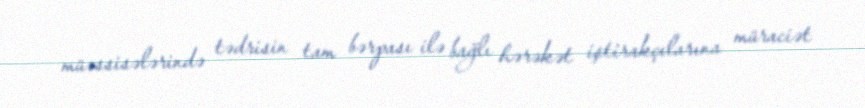
müəssisələrində tədrisin tam bərpası ilə bağlı hərəkət iştirakçılarına müraciət